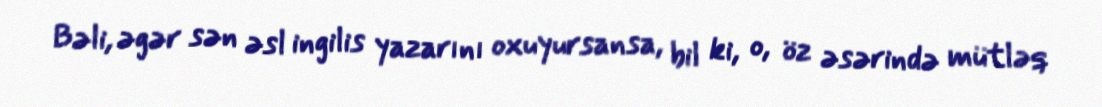
Bəli, əgər sən əsl ingilis yazarını oxuyursansa, bil ki, o, öz əsərində mütləq